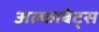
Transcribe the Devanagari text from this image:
अल्फाबेट्स